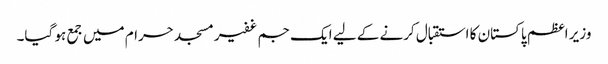
وزیر اعظم پاکستان کا استقبال کرنے کے لیے ایک جم غفیرمسجد حرام میں جمع ہو گیا۔